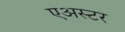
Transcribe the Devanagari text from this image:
एअस्टर